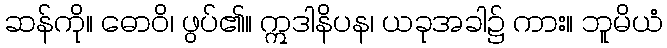
ဆန်ကို။ ဓောဝိ၊ ဖွပ်၏။ ဣဒါနိပန၊ ယခုအခါ၌ ကား။ ဘူမိယံ